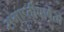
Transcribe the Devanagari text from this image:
समाप्तीपावेतो